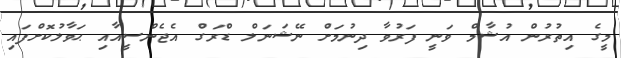
މީގެ އިތުރުން އުޝާމް ވަނީ ފަރުވާ ދިނުމަށް ނޭޝަނަލް ޑްރަގް އެޖެންސީއާއި ޙަވާލުކޮށްފައި